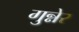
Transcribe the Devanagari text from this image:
गुन्नेर